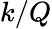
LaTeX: k/Q